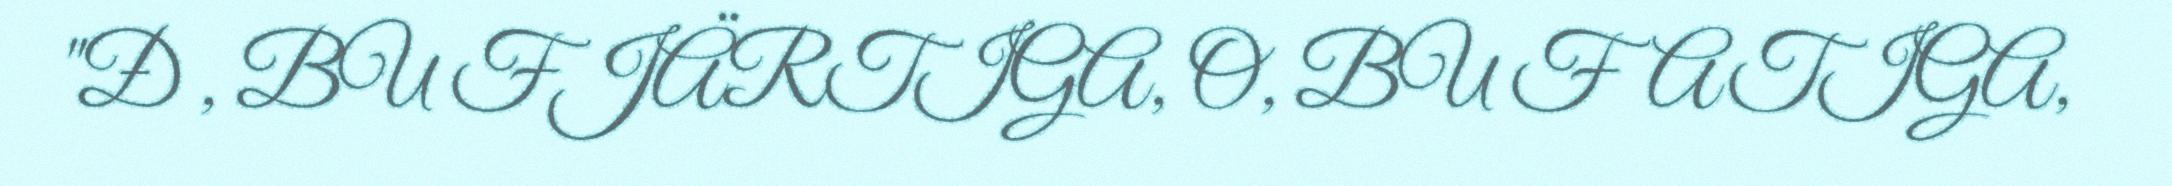
"Đ , BU FJÄRTIGA, O, BU FATIGA,